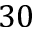
3 0